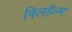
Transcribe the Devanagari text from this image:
विलहॅल्म